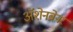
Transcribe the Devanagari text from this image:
ॲशेनब्रेनर